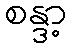
စန္ဒာ့